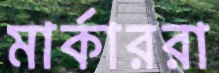
মার্কাররা